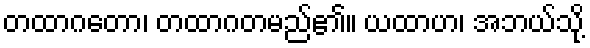
တထာဂတော၊ တထာဂတမည်၏။ ယထာဟ၊ အဘယ်သို့